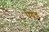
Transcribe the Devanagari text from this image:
पेयड